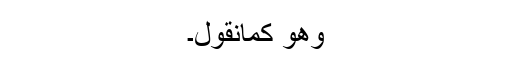
وھو كمانقول۔